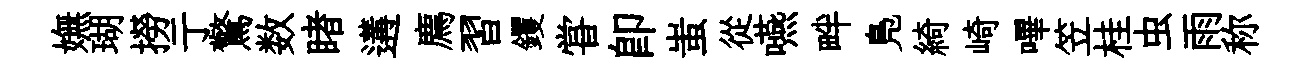
嫵瑚撈亍驚数睹遘廌習钁甞即蚩從嚥畔鳬綺崎嗶笠桂虫雨称